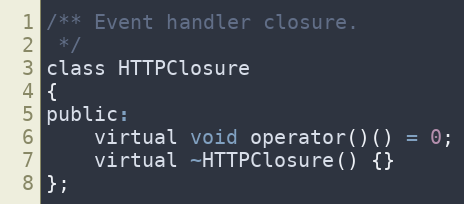
Language: C
/** Event handler closure.
 */
class HTTPClosure
{
public:
    virtual void operator()() = 0;
    virtual ~HTTPClosure() {}
};